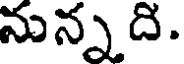
నున్నది.